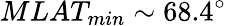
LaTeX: MLAT_{min}\sim 68.4^{\circ}